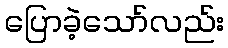
ပြောခဲ့သော်လည်း